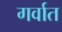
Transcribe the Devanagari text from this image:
गर्वात